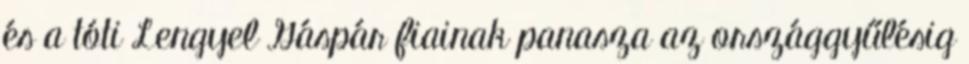
és a tóti Lengyel Gáspár fiainak panasza az országgyűlésig